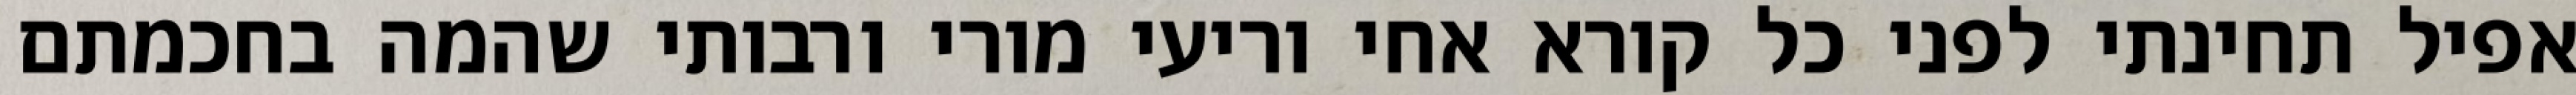
אפיל תחינתי לפני כל קורא אחי וריעי מורי ורבותי שהמה בחכמתם